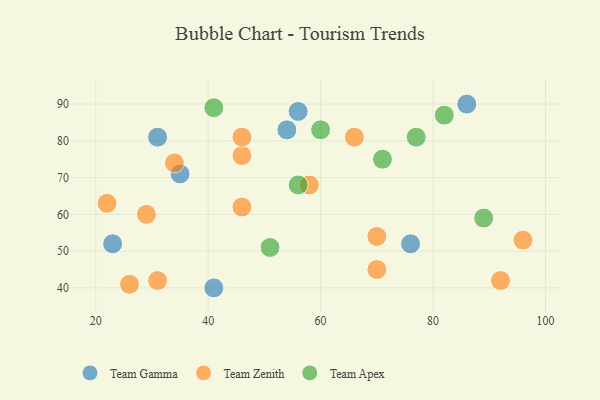
{"axis": {"x": "GDP", "y": "Life Expectancy"}, "legend": ["Team Apex", "Team Gamma", "Team Zenith"], "data": [{"x": "41", "y": 40, "type": "Team Gamma"}, {"x": "23", "y": 52, "type": "Team Gamma"}, {"x": "76", "y": 52, "type": "Team Gamma"}, {"x": "86", "y": 90, "type": "Team Gamma"}, {"x": "56", "y": 88, "type": "Team Gamma"}, {"x": "31", "y": 81, "type": "Team Gamma"}, {"x": "54", "y": 83, "type": "Team Gamma"}, {"x": "35", "y": 71, "type": "Team Gamma"}, {"x": "22", "y": 63, "type": "Team Zenith"}, {"x": "29", "y": 60, "type": "Team Zenith"}, {"x": "46", "y": 62, "type": "Team Zenith"}, {"x": "66", "y": 81, "type": "Team Zenith"}, {"x": "70", "y": 54, "type": "Team Zenith"}, {"x": "26", "y": 41, "type": "Team Zenith"}, {"x": "96", "y": 53, "type": "Team Zenith"}, {"x": "46", "y": 76, "type": "Team Zenith"}, {"x": "34", "y": 74, "type": "Team Zenith"}, {"x": "92", "y": 42, "type": "Team Zenith"}, {"x": "31", "y": 42, "type": "Team Zenith"}, {"x": "46", "y": 81, "type": "Team Zenith"}, {"x": "70", "y": 45, "type": "Team Zenith"}, {"x": "58", "y": 68, "type": "Team Zenith"}, {"x": "77", "y": 81, "type": "Team Apex"}, {"x": "89", "y": 59, "type": "Team Apex"}, {"x": "82", "y": 87, "type": "Team Apex"}, {"x": "71", "y": 75, "type": "Team Apex"}, {"x": "60", "y": 83, "type": "Team Apex"}, {"x": "56", "y": 68, "type": "Team Apex"}, {"x": "51", "y": 51, "type": "Team Apex"}, {"x": "41", "y": 89, "type": "Team Apex"}]}